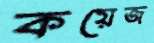
কয়েজ